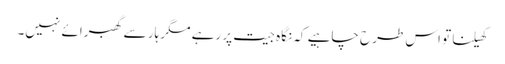
کھیلنا تو اس طرح چاہیے کہ نگاہ جیت پر رہے مگر ہار سے گھبرائے نہیں۔